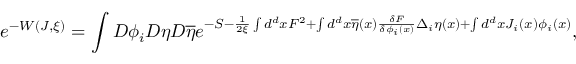
e ^ { - W ( J , \xi ) } = \int { \cal D } \phi _ { i } { \cal D } \eta { \cal D } \overline { { { \eta } } } e ^ { - S - \frac 1 { 2 \xi } \int d ^ { d } x F ^ { 2 } + \int d ^ { d } x \overline { { { \eta } } } ( x ) \frac { \delta F } { \delta \phi _ { i } ( x ) } \Delta _ { i } \eta ( x ) + \int d ^ { d } x J _ { i } ( x ) \phi _ { i } ( x ) } ,